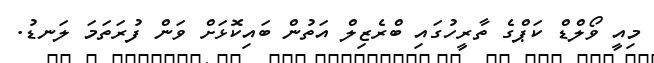
މިއީ ވޯލްޑް ކަޕްގެ ތާރީހުގައި ބްރެޒިލް އަތުން ބައިކޮޅަށް ވަން ފުރަތަމަ ލަނޑު.